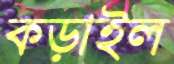
কড়াইল